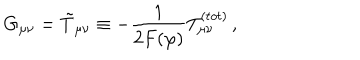
G _ { \mu \nu } = \tilde { T } _ { \mu \nu } \equiv - \frac { 1 } { 2 F ( \varphi ) } T _ { \mu \nu } ^ { ( t o t ) } \, ,